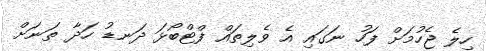
ހިލެ ޖެހުމަށް ފަހު ނަގައި އެ ވެލިތައް ފްޓްބޯޅަ ދަނޑު ހަދާ ތަނަށް